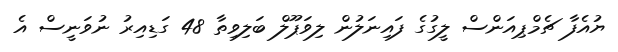
ޔުއެފާ ޗެމްޕިއަންސް ލީގުގެ ފައިނަލުން ލިވަޕޫލް ބަލިވިތާ 48 ގަޑިއިރު ނުވަނީސް އެ